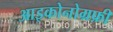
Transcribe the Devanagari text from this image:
आइकोनोग्रफ़ी